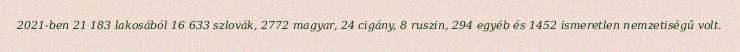
2021-ben 21 183 lakosából 16 633 szlovák, 2772 magyar, 24 cigány, 8 ruszin, 294 egyéb és 1452 ismeretlen nemzetiségű volt.